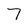
Character: 7